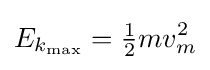
E_{k_{\text{max}}}={\tfrac {1}{2}}mv_{m}^{2}